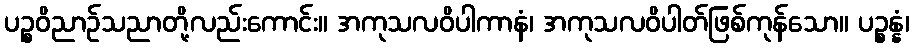
ပဉ္စဝိညာဉ်သညာတို့လည်းကောင်း။ အကုသလဝိပါကာနံ၊ အကုသလဝိပါတ်ဖြစ်ကုန်သော။ ပဉ္စန္နံ၊